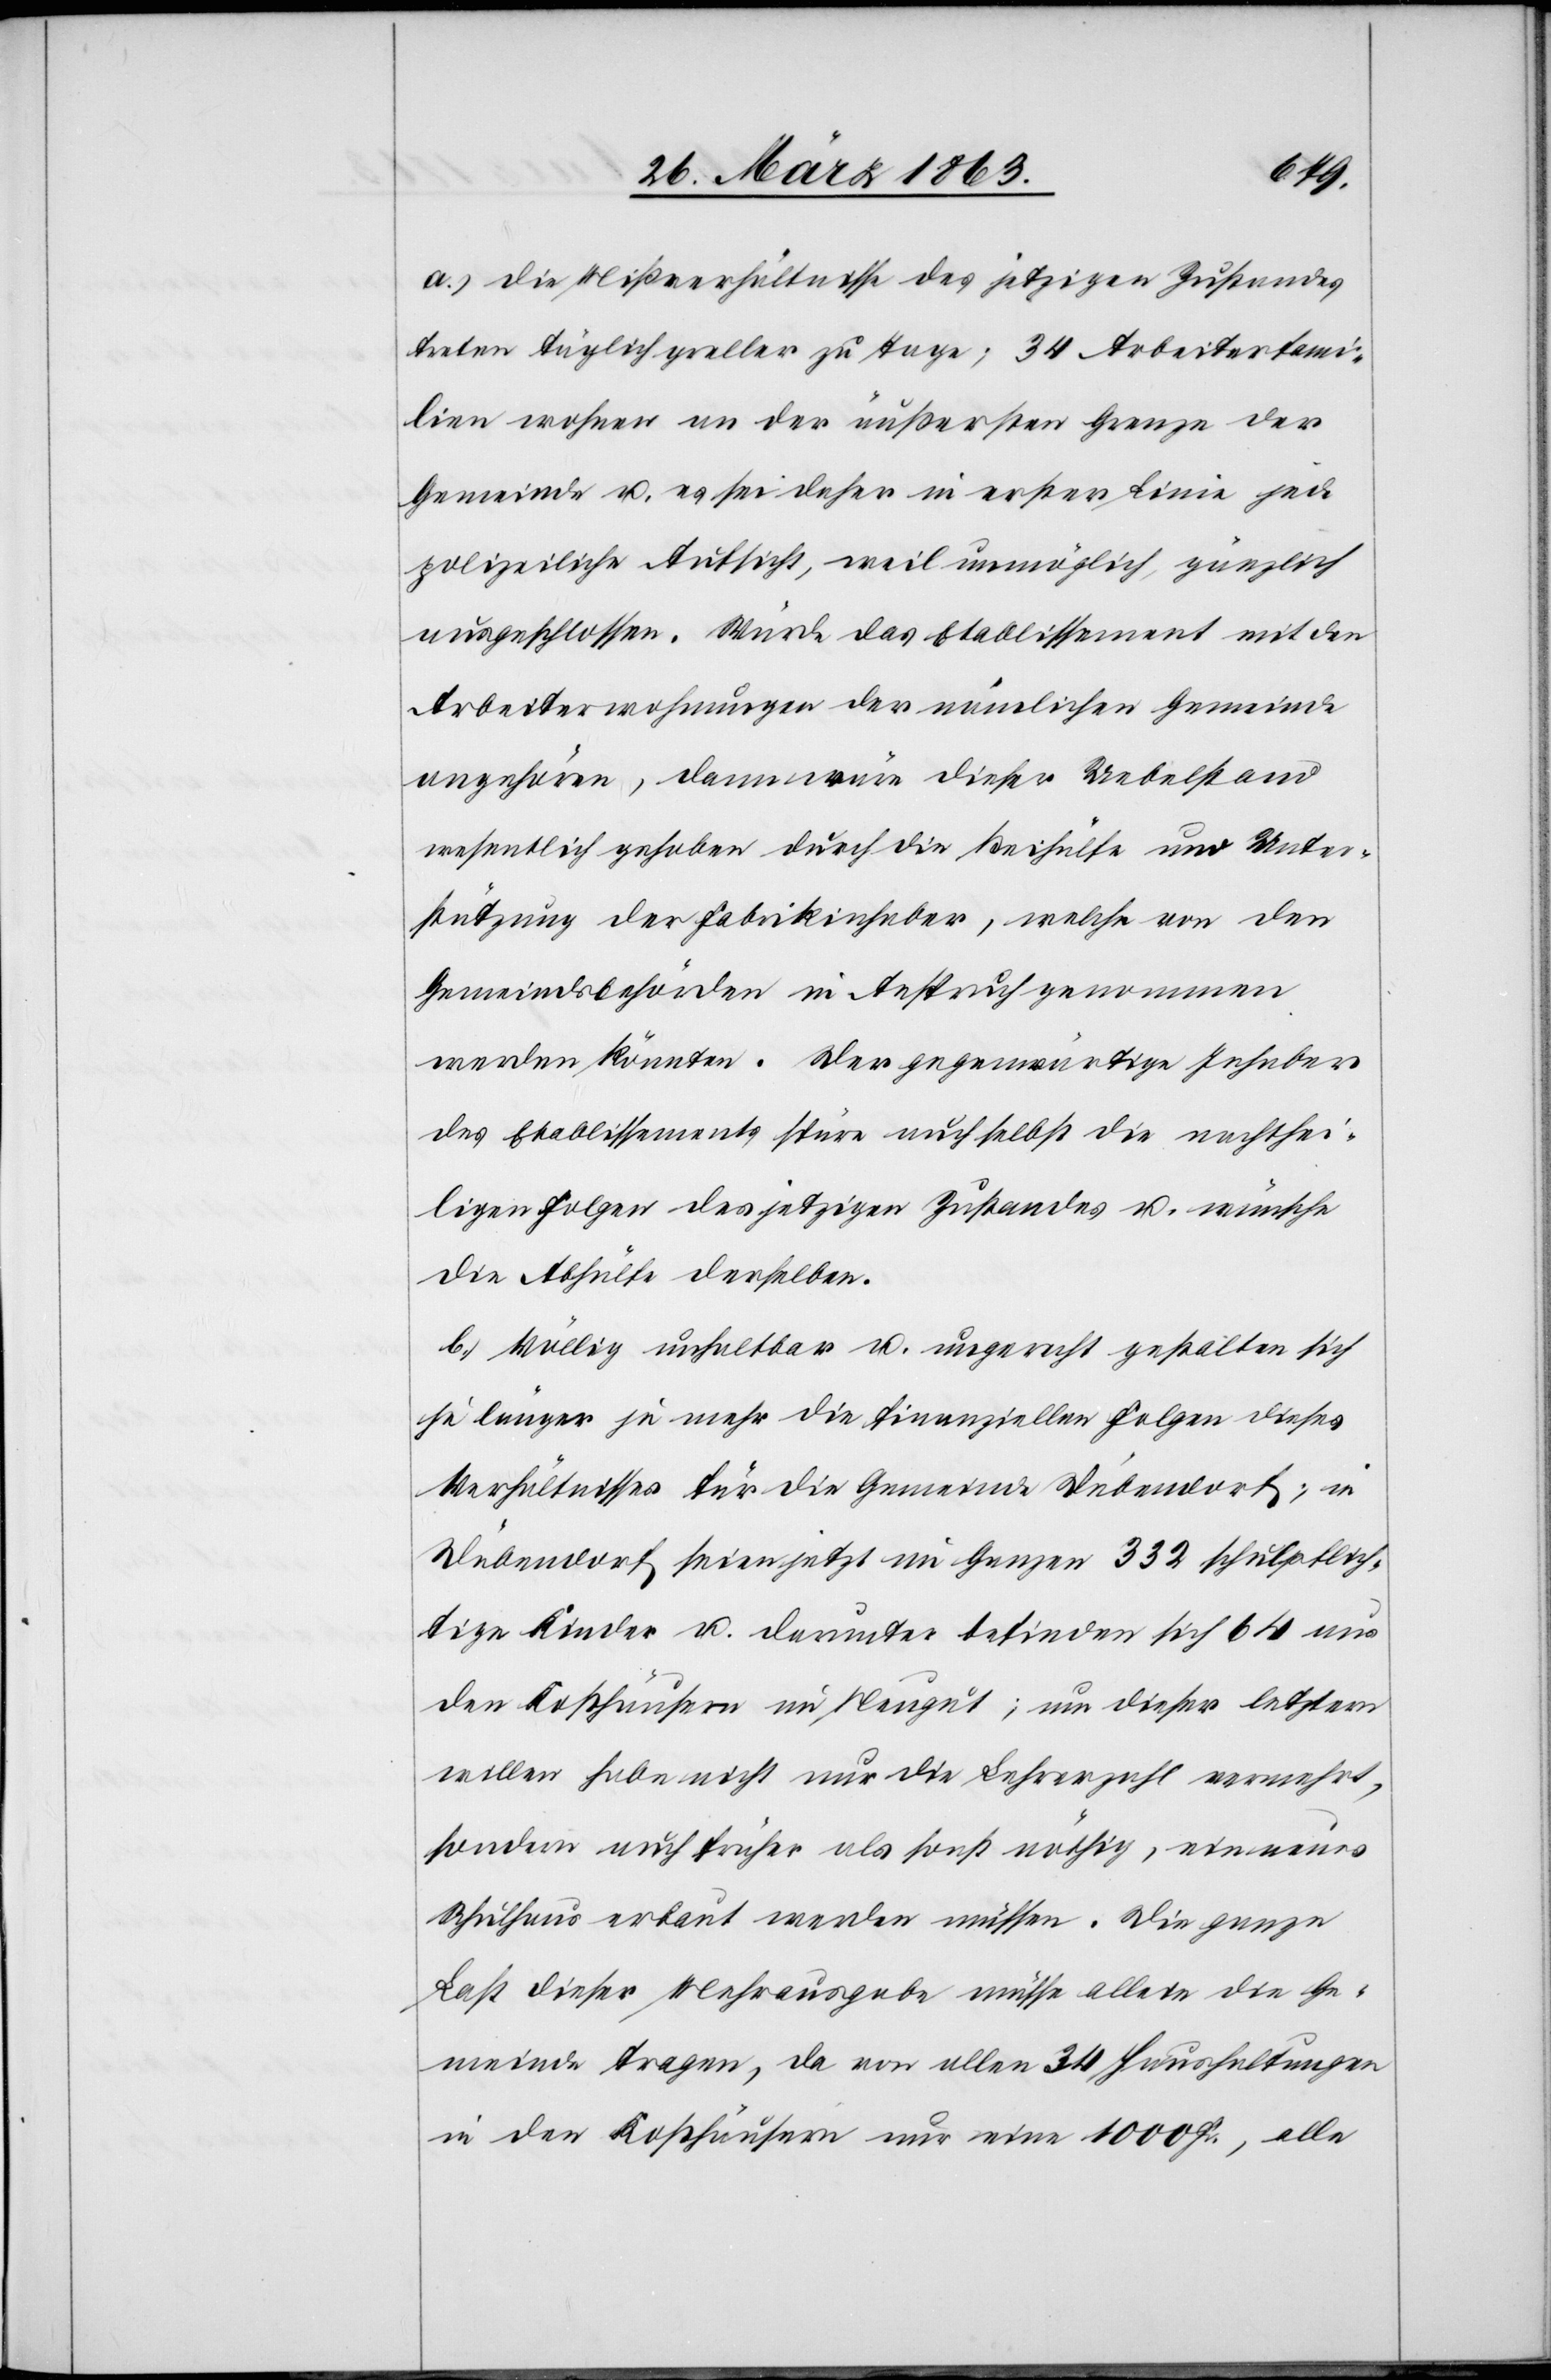
a.) die Mißverhältnisse des jetzigen Zustandes
treten täglich greller zu Tage; 34 Arbeiterfami¬
lien wohnen an der äußersten Grenze der
Gemeinde u. es sei daher in erster Linie jede
polizeiliche Aufsicht, weil unmöglich, gänzlich
ausgeschlossen. Würde das Etablissement mit den
Arbeiterwohnungen der nämlichen Gemeinde
angehören, dann wäre dieser Uebelstand
wesentlich gehoben durch die Beihülfe und Unter¬
stützung der Fabrikinhaber, welche von den
Gemeindsbehörden in Anspruch genommen
werden könnten. Der gegenwärtige Inhaber
des Etablissements spüre auch selbst die nachthei¬
ligen Folgen des jetzigen Zustandes u. wünsche
die Abhülfe derselben.
b.) Völlig unhaltbar u. ungerecht gestalten sich
je länger je mehr die finanziellen Folgen dieses
Verhältnisses für die Gemeinde Dübendorf; in
Dübendorf seien jetzt im Ganzen 332 schulpflich¬
tige Kinder u. darunter befinden sich 64 aus
den Kosthäusern im Neugut; um dieser letztern
willen habe nicht nur die Lehrerzahl vermehrt,
sondern auch früher als sonst nöthig, ein neues
Schulhaus erbaut werden müssen. Die ganze
Last dieser Mehrausgabe müsse allein die Ge¬
meinde tragen, da von allen 34 Haushaltungen
in den Kosthäusern nur eine 1000 Fr., alle